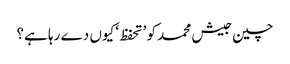
چین جیش محمد کو ’تحفظ‘ کیوں دے رہا ہے؟